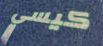
كيسي